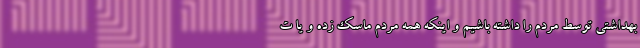
بهداشتی توسط مردم را داشته باشیم و اینکه همه مردم ماسک زده و یا ت